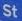
st